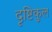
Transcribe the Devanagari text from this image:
दृष्टिकुल